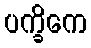
ပက္ခိကေ